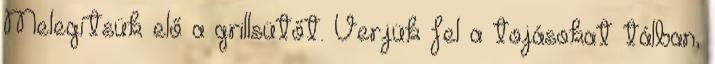
Melegítsük elő a grillsütőt. Verjük fel a tojásokat tálban,